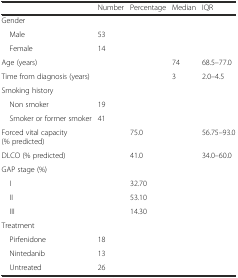
|  | Number | Percentage | Median | IQR |
 | --- | --- | --- | --- | --- |
 | Gender |  |  |  |  |
 | Male | 53 |  |  |  |
 | Female | 14 |  |  |  |
 | Age (years) |  |  | 74 | 68.5–77.0 |
 | Time from diagnosis (years) |  |  | 3 | 2.0–4.5 |
 | Smoking history |  |  |  |  |
 | Non smoker | 19 |  |  |  |
 | Smoker or former smoker | 41 |  |  |  |
 | Forced vital capacity (% predicted) |  | 75.0 |  | 56.75–93.0 |
 | DLCO (% predicted) |  | 41.0 |  | 34.0–60.0 |
 | GAP stage (%) |  |  |  |  |
 | I |  | 32.70 |  |  |
 | II |  | 53.10 |  |  |
 | III |  | 14.30 |  |  |
 | Treatment |  |  |  |  |
 | Pirfenidone | 18 |  |  |  |
 | Nintedanib | 13 |  |  |  |
 | Untreated | 26 |  |  |  |